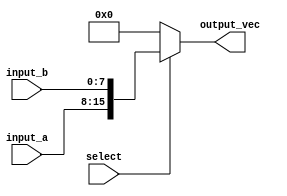
module vector_continuous_assignment (
    input wire [7:0] input_a,     // 8-bit input signal
    input wire [7:0] input_b,     // another 8-bit input signal
    input wire select,             // control signal
    output reg [15:0] output_vec   // 16-bit output vector
);

// Continuous assignment based on the select signal
always @(*) begin
    if (select) begin
        // Assign concatenated values when select is high
        output_vec = {input_a, input_b}; // Concatenation of input_a and input_b
    end else begin
        // Assign zero when select is low
        output_vec = 16'b0; // Clear output_vec
    end
end

endmodule